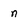
Character: n